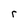
Character: r